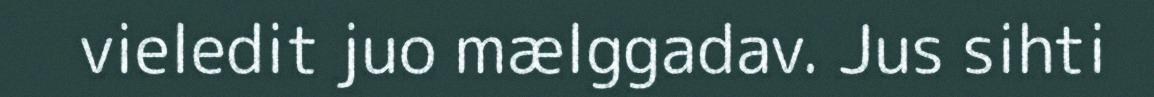
vieledit juo mælggadav. Jus sihti